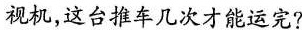
视机，这台推车几次才能运完?